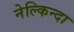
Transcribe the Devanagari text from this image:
नेल्किन्दा